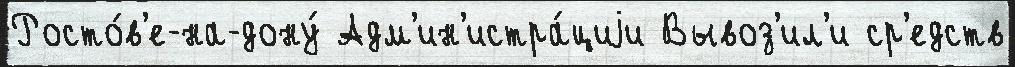
Росто́в'е-на-дону́ Адм'ин'истра́циjи Вывоз'ил'и ср'едств